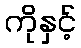
ကိုနှင့်